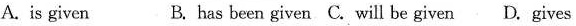
A. is given B. has been given C. will be given D. gives